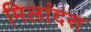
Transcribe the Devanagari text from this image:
मिलांदस